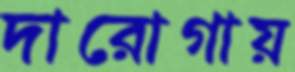
দারোগায়